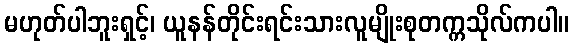
မဟုတ်ပါဘူးရှင့်၊ ယူနန်တိုင်းရင်းသားလူမျိုးစုတက္ကသိုလ်ကပါ။